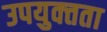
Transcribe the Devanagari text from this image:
उपयुक्‍तता